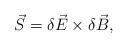
LaTeX: \begin{align*}\vec{S} = \delta\vec{E} \times \delta\vec{B},\end{align*}